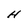
Character: H